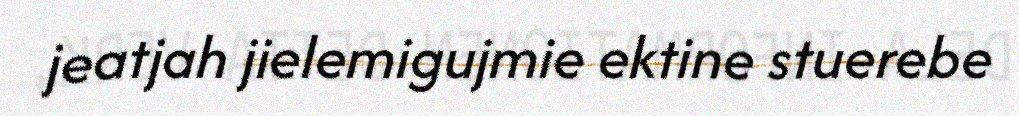
jeatjah jielemigujmie ektine stuerebe